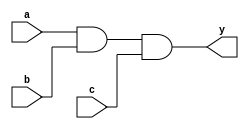
module sn74ls11(y, a, b, c);
input a, b, c;
output y;
parameter
	// TI TTL data book Vol 1, 1985
	tPLH_min=0, tPLH_typ=8, tPLH_max=15,
	tPHL_min=0, tPHL_typ=10, tPHL_max=20;

	and #(tPLH_min : tPLH_typ : tPLH_max,
	  tPHL_min : tPHL_typ : tPHL_max)
	(y, a, b, c);

endmodule